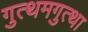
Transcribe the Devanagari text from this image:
गुत्थमगुत्था